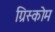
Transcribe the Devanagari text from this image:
ग्रिस्कोम